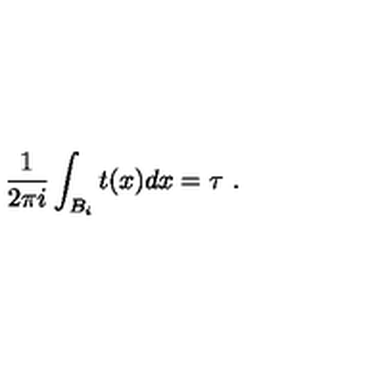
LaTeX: \frac { 1 } { 2 \pi i } \int _ { B _ { i } } t ( x ) d x = \tau \ .